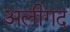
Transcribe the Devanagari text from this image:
अलीगद